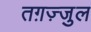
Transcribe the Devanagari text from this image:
तग़ज़्जुल